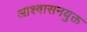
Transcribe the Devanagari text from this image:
आश्वासनयुक्त